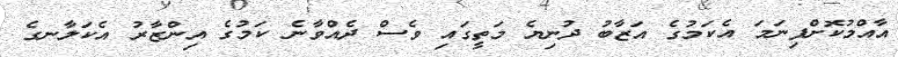
އާއްމުކޮށްފިނަމަ އެކަމުގެ އަޒާބު ދުނިޔެ މަތީގައި ވެސް ދެއްވާނެ ކަމުގެ އިންޒާރު އެކަލާނގެ